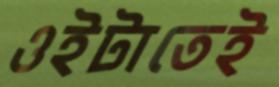
ওইটাতেই